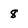
Character: 8